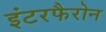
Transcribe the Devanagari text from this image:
इंटरफैरोन